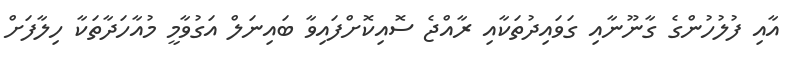
އާއި ފުލުހުންގެ ގާނޫނާއި ގަވައިދުތަކާއި ރާއްޖެ ސޮއިކޮށްފައިވާ ބައިނަލް އަގުވާމީ މުއާހަދާތަކާ ހިލާފަށް